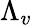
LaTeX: \Lambda_{v}